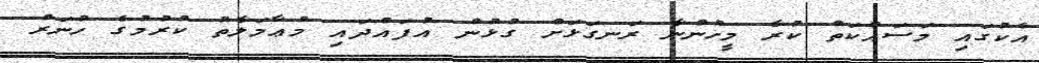
އެކުގައި މަސައްކަތް ކުރާ މީހުންނާ ރަނގަޅަށް ގުޅުން އުފައްދައި މުޢާމަލާތު ކުރުމުގެ ހުނަރު